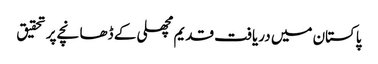
پاکستان میں دریافت قدیم مچھلی کے ڈھانچے پر تحقیق